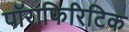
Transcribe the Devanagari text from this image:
पॉराफिरिटिक